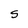
Character: S